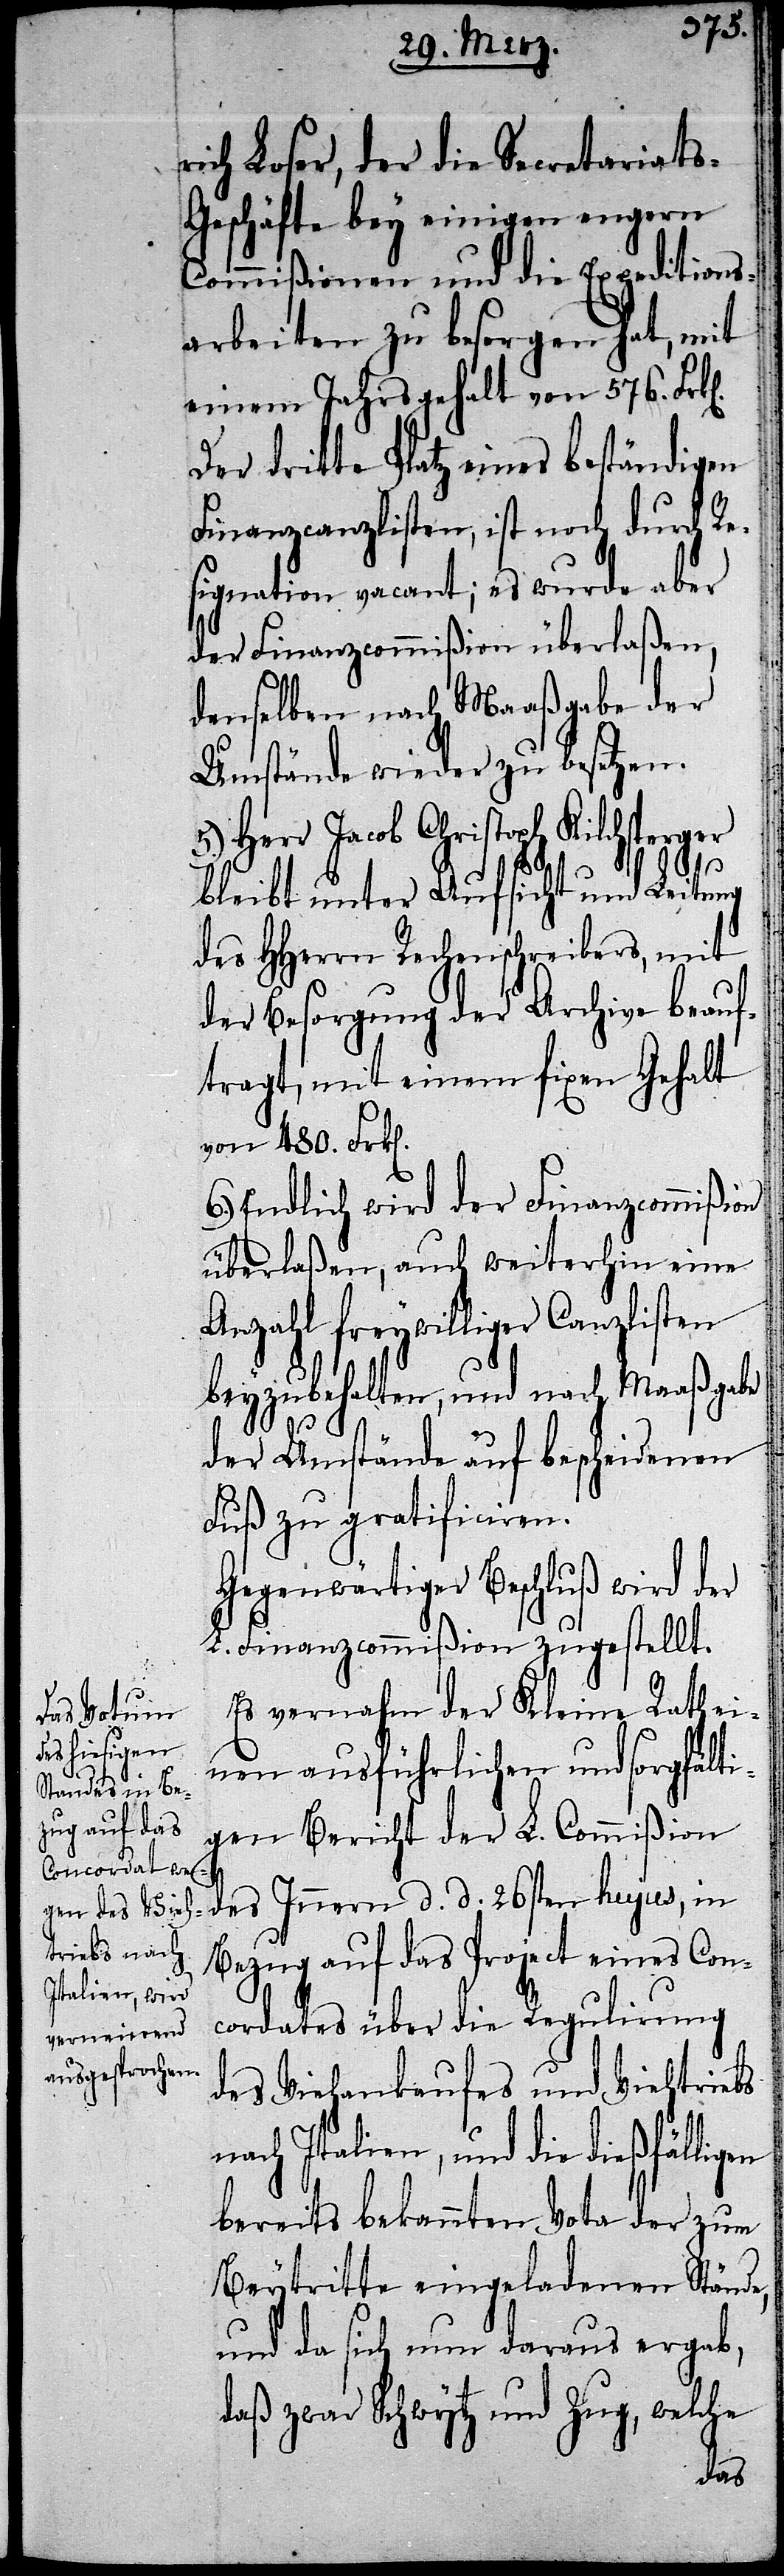
n].
rich Loser, der die Secretariats-G¬
eschäfte bey einigen engern
Commißionen und die Expeditions¬
arbeiten zu besorgen hat, mit
einem Jahrsgehalt von 576.
Der dritte Platz eines beständigen
Finanzcanzlisten, ist noch durch Re¬
signation vacant; es wurde aber
der Finanzcommißion überlaßen,
denselben nach Maaßgabe der
Umstände wieder zu besetzen.
Herr Jacob Christoph Kilchsper¬
bleibt unter Aufsicht und Leitung
des HHerrn Rechenschreibers, mit
der Besorgung der Archive beauf¬
tragt, mit einem fixen Gehalt
von 480. Frk[e¬
Endlich wird der Finanzcommißion
überlaßen, auch weiterhin eine
Anzahl freywilliger Canzlisten
beyzubehalten, und nach Maaßgabe
der Umstände auf bescheidenen
Fuß zu gratificiren.
Gegenwärtiger Beschluß wird der
L. Finanzcommißion zugestellt.
Es vernahm der Kleine Rath ei¬
nen ausführlichen und sorgfälti¬
gen Bericht der L. Commißion
des Innern d. d. 26sten hujus, in
Bezug auf das Project eines Con¬
cordates über die Regulirung
des Viehankaufes und Viehtriebs
nach Italien, und die dießfälli¬
bereits bekannten Vota der zum
Beytritte eingeladenen Stände,
und da sich nun daraus ergab,
daß zwar Schwytz und Zug, welche
gen